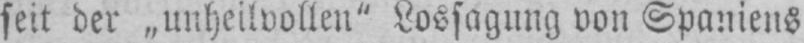
seit der „unheilvollen“ Lossagung von Spaniens